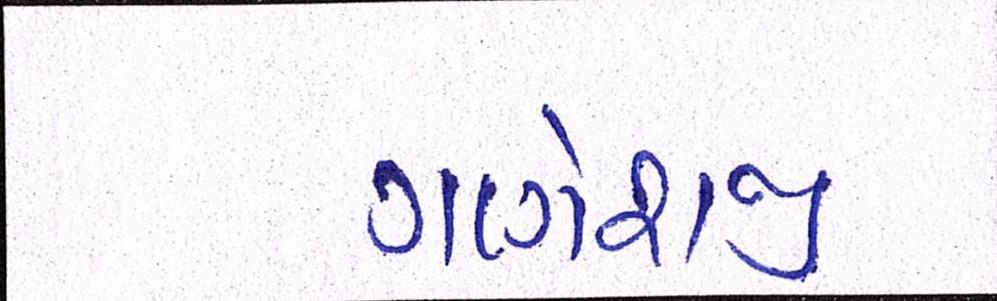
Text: ગણેશજી